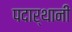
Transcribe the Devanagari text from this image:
पदार्थानी